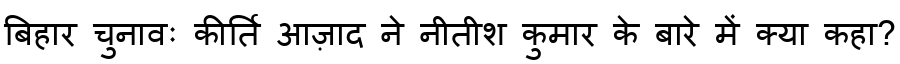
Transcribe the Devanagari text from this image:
बिहार चुनावः कीर्ति आज़ाद ने नीतीश कुमार के बारे में क्या कहा?